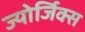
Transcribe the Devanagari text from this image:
ज्योर्जिक्स